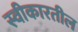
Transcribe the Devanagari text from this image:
स्वीकारतील